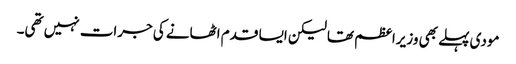
مودی پہلے بھی وزیراعظم تھا لیکن ایسا قدم اٹھانے کی جرات نہیں تھی۔